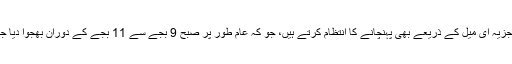
ہم اپنا تجزیہ ای میل کے ذریعے بھی پہنچانے کا انتظام کرتے ہیں، جو کہ عام طور پر صبح 9 بجے سے 11 بجے کے دوران بھجوا دیا جاتا ہے۔